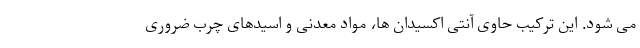
می شود. این ترکیب حاوی آنتی اکسیدان ها، مواد معدنی و اسیدهای چرب ضروری